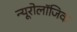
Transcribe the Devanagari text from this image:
न्यूरोलॉजिक